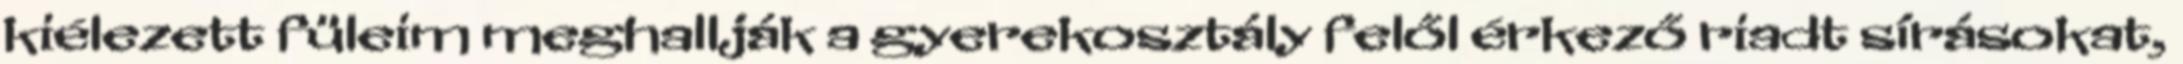
kiélezett füleim meghallják a gyerekosztály felől érkező riadt sírásokat,